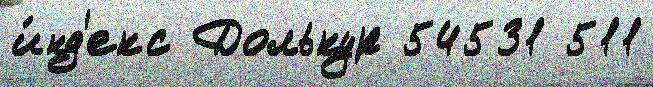
и́нд'екс Долькур 54531 511